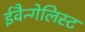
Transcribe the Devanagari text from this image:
ईवैन्गेलिस्ट